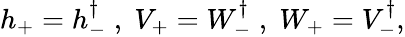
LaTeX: \begin{array}{r}{h_{+}=h_{-}^{\dagger}\; ,\; V_{+}=W_{-}^{\dagger}\; ,\; W_{+}=V_{-}^{\dagger},}\end{array}